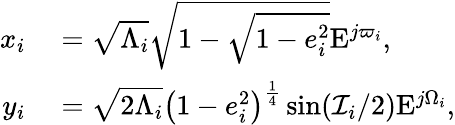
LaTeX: \begin{array}{rl}{x_{i}}&{{}=\sqrt{\Lambda_{i}}\sqrt{1-\sqrt{1-e_{i}^{2}}}\mathrm{E}^{j\varpi_{i}},}\\ {y_{i}}&{{}=\sqrt{2\Lambda_{i}}\left(1-e_{i}^{2}\right)^{\frac{1}{4}}\sin(\mathcal{I}_{i}/2)\mathrm{E}^{j\Omega_{i}},}\end{array}